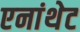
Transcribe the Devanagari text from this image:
एनांथेट